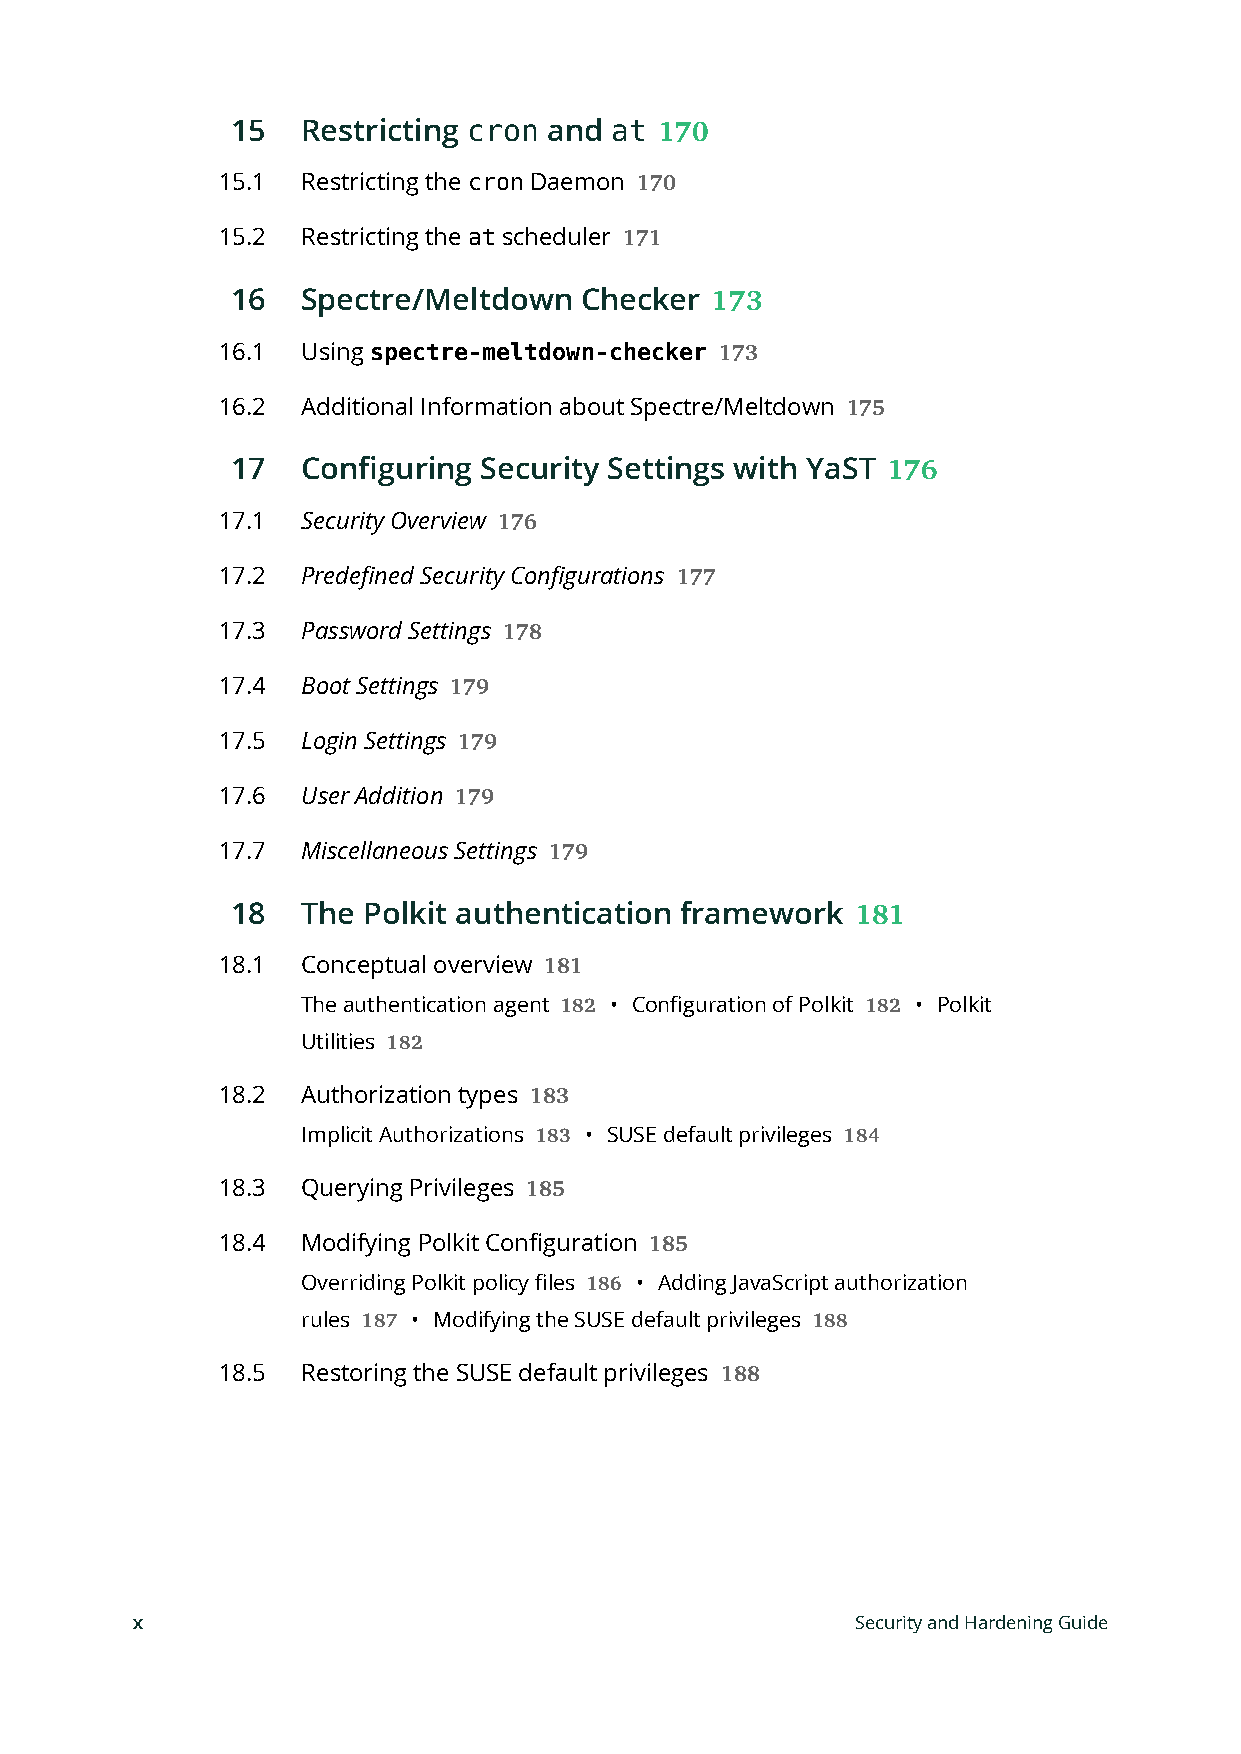
15   Restricting cron and at 170
 15.1  Restricting the cron Daemon 170
 15.2  Restricting the at scheduler 171
 16   Spectre/Meltdown  Checker
 173
 16.1  Using spectre-meltdown-checker 173
 16.2  Additional Information about Spectre/Meltdown
 175
 17   Configuring Security Settings with YaST
 176
 17.1  Security Overview
 176
 17.2  Predefined Security Configurations
 177
 17.3  Password Settings
 178
 17.4  Boot Settings
 179
 17.5  Login Settings
 179
 17.6  User Addition
 179
 17.7  Miscellaneous Settings
 179
 18   The Polkit authentication framework
 181
 18.1  Conceptual overview
 181
 The authentication agent • Configuration of Polkit • Polkit
 182                 182
 Utilities
 182
 18.2  Authorization types
 183
 Implicit Authorizations • SUSE default privileges
 183                  184
 18.3  Querying Privileges
 185
 18.4  Modifying Polkit Configuration
 185
 Overriding Polkit policy files • Adding JavaScript authorization
 186
 rules  • Modifying the SUSE default privileges
 187                           188
 18.5  Restoring the SUSE default privileges
 188
 x                                               Security and Hardening Guide